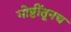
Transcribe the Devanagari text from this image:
गोष्टींतूनच